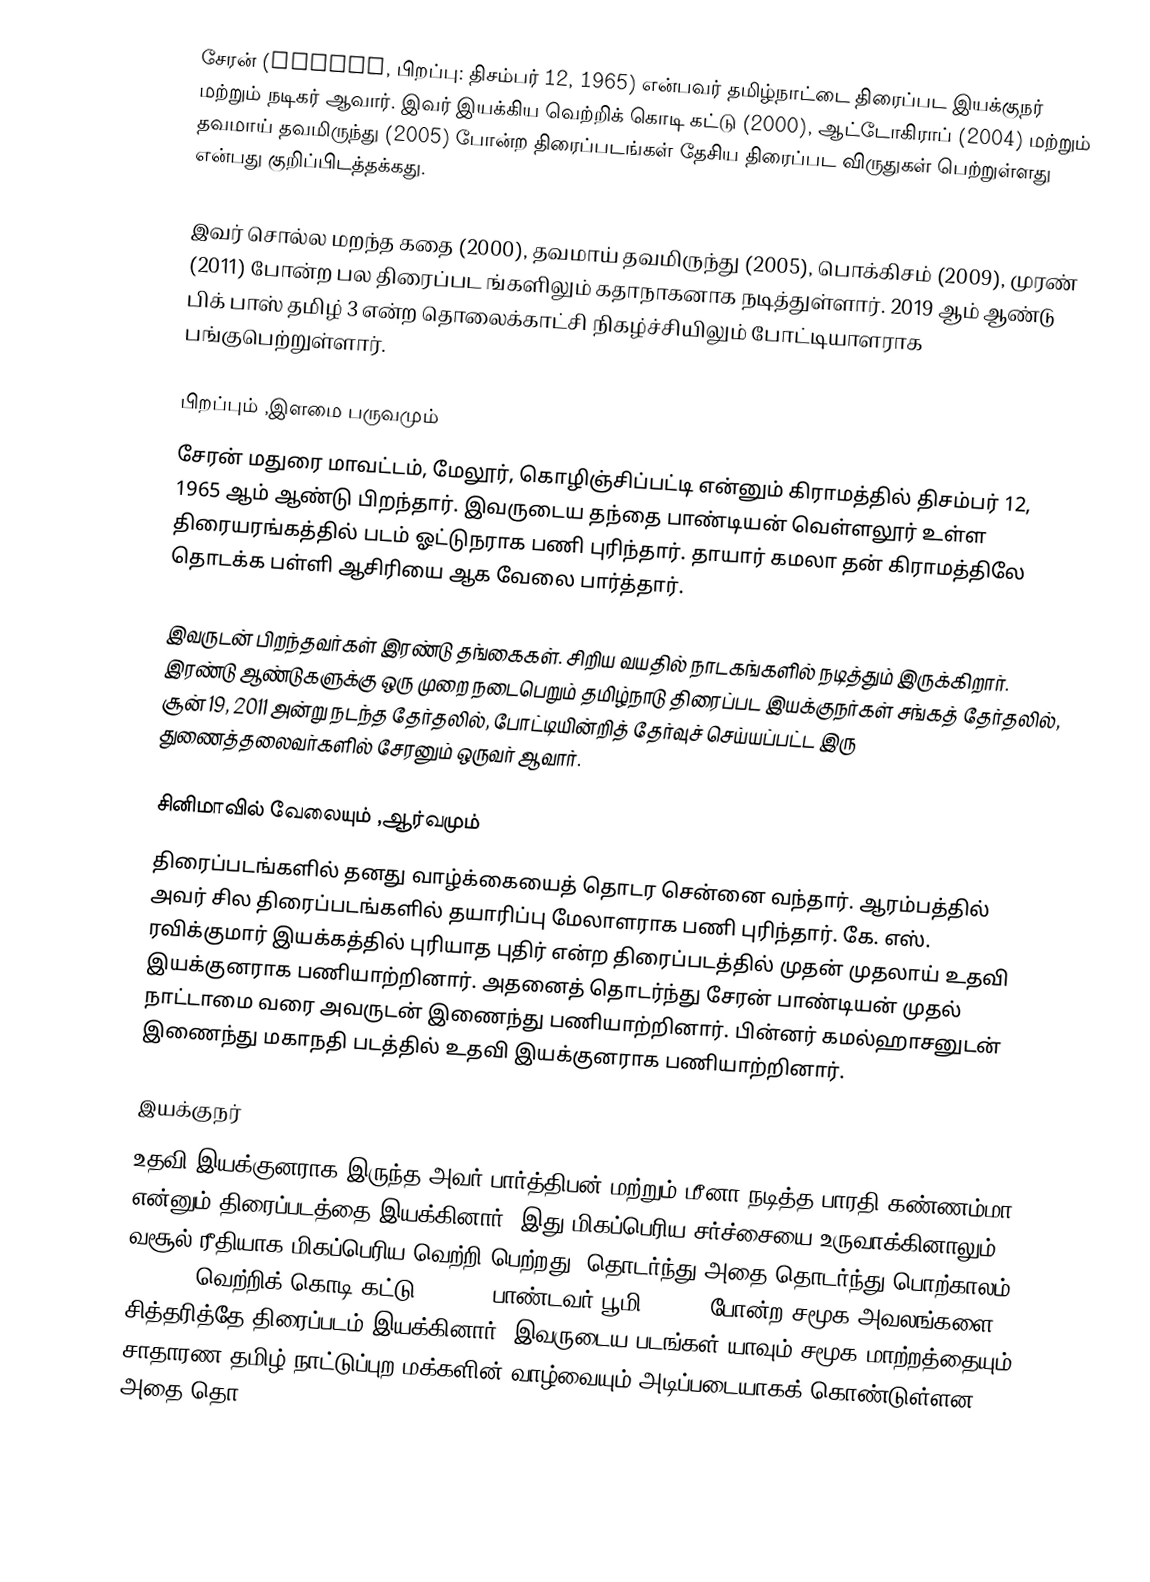
சேரன் (Cheran, பிறப்பு: திசம்பர் 12, 1965) என்பவர் தமிழ்நாட்டை திரைப்பட இயக்குநர் மற்றும் நடிகர் ஆவார். இவர் இயக்கிய வெற்றிக் கொடி கட்டு (2000), ஆட்டோகிராப் (2004) மற்றும் தவமாய் தவமிருந்து (2005) போன்ற திரைப்படங்கள் தேசிய திரைப்பட விருதுகள் பெற்றுள்ளது என்பது குறிப்பிடத்தக்கது.

இவர் சொல்ல மறந்த கதை (2000), தவமாய் தவமிருந்து (2005), பொக்கிசம் (2009), முரண் (2011) போன்ற பல திரைப்பட ங்களிலும் கதாநாகனாக நடித்துள்ளார். 2019 ஆம் ஆண்டு பிக் பாஸ் தமிழ் 3  என்ற தொலைக்காட்சி நிகழ்ச்சியிலும் போட்டியாளராக பங்குபெற்றுள்ளார்.

பிறப்பும் ,இளமை பருவமும்
சேரன் மதுரை மாவட்டம், மேலூர், கொழிஞ்சிப்பட்டி என்னும் கிராமத்தில் திசம்பர் 12, 1965 ஆம் ஆண்டு பிறந்தார். இவருடைய தந்தை பாண்டியன் வெள்ளலூர் உள்ள திரையரங்கத்தில் படம் ஓட்டுநராக பணி புரிந்தார். தாயார் கமலா தன் கிராமத்திலே தொடக்க பள்ளி ஆசிரியை ஆக வேலை பார்த்தார்.

இவருடன் பிறந்தவர்கள் இரண்டு தங்கைகள். சிறிய வயதில் நாடகங்களில் நடித்தும் இருக்கிறார். இரண்டு ஆண்டுகளுக்கு ஒரு முறை நடைபெறும் தமிழ்நாடு திரைப்பட இயக்குநர்கள் சங்கத் தேர்தலில், சூன் 19, 2011 அன்று நடந்த தேர்தலில், போட்டியின்றித் தேர்வுச் செய்யப்பட்ட இரு துணைத்தலைவர்களில் சேரனும் ஒருவர் ஆவார்.

சினிமாவில் வேலையும் ,ஆர்வமும்
திரைப்படங்களில் தனது வாழ்க்கையைத் தொடர சென்னை வந்தார். ஆரம்பத்தில் அவர் சில திரைப்படங்களில் தயாரிப்பு மேலாளராக பணி புரிந்தார். கே. எஸ். ரவிக்குமார் இயக்கத்தில் புரியாத புதிர் என்ற திரைப்படத்தில் முதன் முதலாய் உதவி இயக்குனராக பணியாற்றினார். அதனைத் தொடர்ந்து சேரன் பாண்டியன் முதல் நாட்டாமை வரை அவருடன் இணைந்து பணியாற்றினார். பின்னர் கமல்ஹாசனுடன் இணைந்து மகாநதி படத்தில் உதவி இயக்குனராக பணியாற்றினார்.

இயக்குநர்
உதவி இயக்குனராக இருந்த அவர் பார்த்திபன் மற்றும் மீனா நடித்த பாரதி கண்ணம்மா என்னும் திரைப்படத்தை இயக்கினார். இது மிகப்பெரிய சர்ச்சையை உருவாக்கினாலும் வசூல் ரீதியாக மிகப்பெரிய வெற்றி பெற்றது. தொடர்ந்து அதை தொடர்ந்து பொற்காலம் (1999), வெற்றிக் கொடி கட்டு  (2000), பாண்டவர் பூமி (2001) போன்ற சமூக அவலங்களை சித்தரித்தே திரைப்படம் இயக்கினார். இவருடைய படங்கள் யாவும் சமூக மாற்றத்தையும், சாதாரண தமிழ் நாட்டுப்புற மக்களின் வாழ்வையும் அடிப்படையாகக் கொண்டுள்ளன. அதை தொ